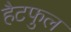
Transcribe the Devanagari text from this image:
हैटफुल